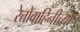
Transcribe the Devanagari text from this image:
रेतोवाहिनीच्या